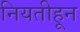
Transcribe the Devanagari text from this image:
नियतीहून